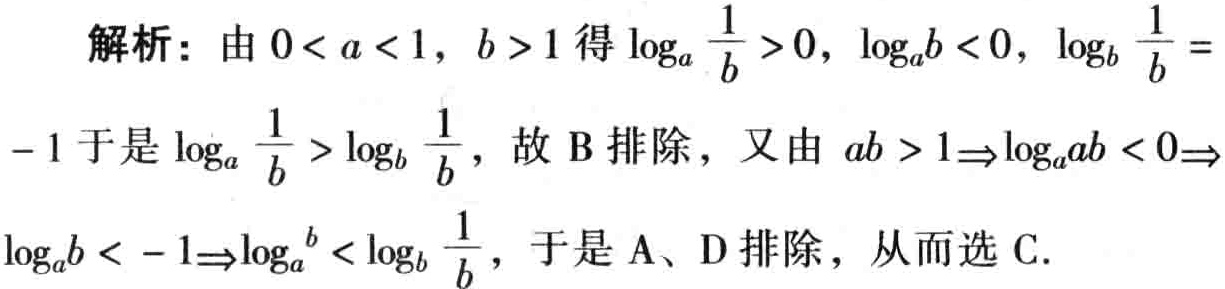
解析：由\(0 < a < 1\)，\(b > 1\)得\(\log_{a} \frac{1}{b} > 0\)，\(\log_{a}b < 0\)，\(\log_{b} \frac{1}{b} =\)
\(-1\)于是\(\log_{a} \frac{1}{b} > \log_{b} \frac{1}{b}\)，故B排除，又由\(ab > 1\Rightarrow\log_{a}ab < 0\Rightarrow\)
\(\log_{a}b < -1\Rightarrow\log_{a}b < \log_{b} \frac{1}{b}\)，于是A、D排除，从而选C.